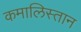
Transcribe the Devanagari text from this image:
कमालिस्तान